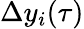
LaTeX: \Delta y_{i}(\tau)